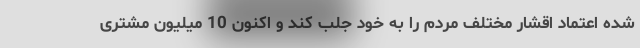
شده اعتماد اقشار مختلف مردم را به خود جلب کند و اکنون 10 میلیون مشتری